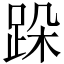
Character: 跺